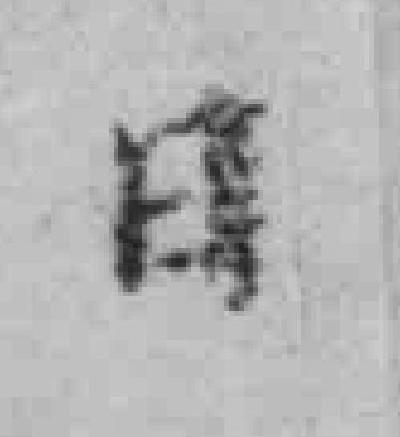
日